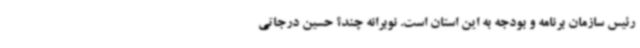
رئیس سازمان برنامه و بودجه به این استان است. نوبرانه چند؟ حسین درجاتی